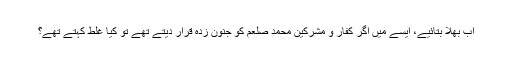
اب بھلا بتائیے، ایسے میں اگر کفار و مشرکین محمد صلعم کو جنون زدہ قرار دیتے تھے تو کیا غلط کہتے تھے؟